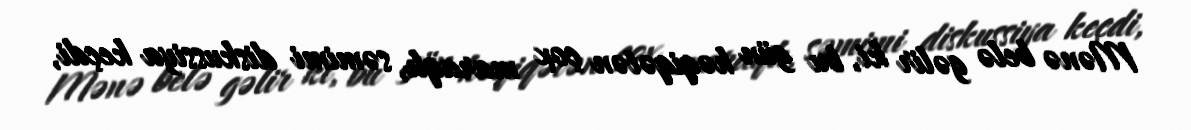
Mənə belə gəlir ki, bu gün həqiqətən çox maraqlı, səmimi diskussiya keçdi,